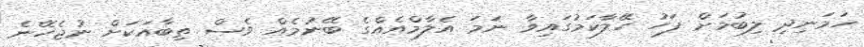
ހަމަނިދި ލިބުމަށް ފަހު ހޭލާކަމުގައިވާ ނަމަ އެލާމްއެއްގެ ބޭނުމެއް ވެސް ތިބާއަކަށް ނުޖެހޭނެ